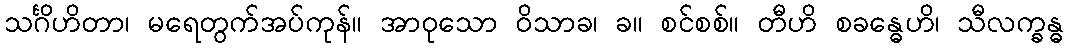
သင်္ဂိဟိတာ၊ မရေတွက်အပ်ကုန်။ အာဝုသော ဝိသာခ၊ ခ။ စင်စစ်။ တီဟိ စခန္ဓေဟိ၊ သီလက္ခန္ဓ